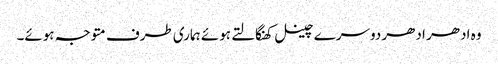
وہ ادھر ادھر دوسرے چینل کھنگالتے ہوئے ہماری طرف متوجہ ہوئے۔